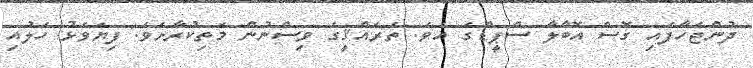
ދުންޖަހާފައި ގޮސް އޮބާލާ ސްޕީޑްގަ އެވެ. ތަރައްޤީގެ ވިސްނުން މަތިކުރާށެވެ. ފިޔަވަޅު ހަލުއި